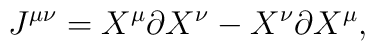
J^{\mu\nu} = X^{\mu} \partial X^{\nu} - X^{\nu} \partial X^{\mu},